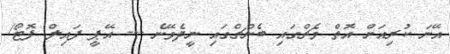
އޭނަ ކުރިއަށް އޮތް މެޗްގައި ބެންޗްގައި ނީދެވޭނެ --- އޭޕީ ފައިލް ފޮޓޯ/